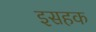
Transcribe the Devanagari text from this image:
इसहक